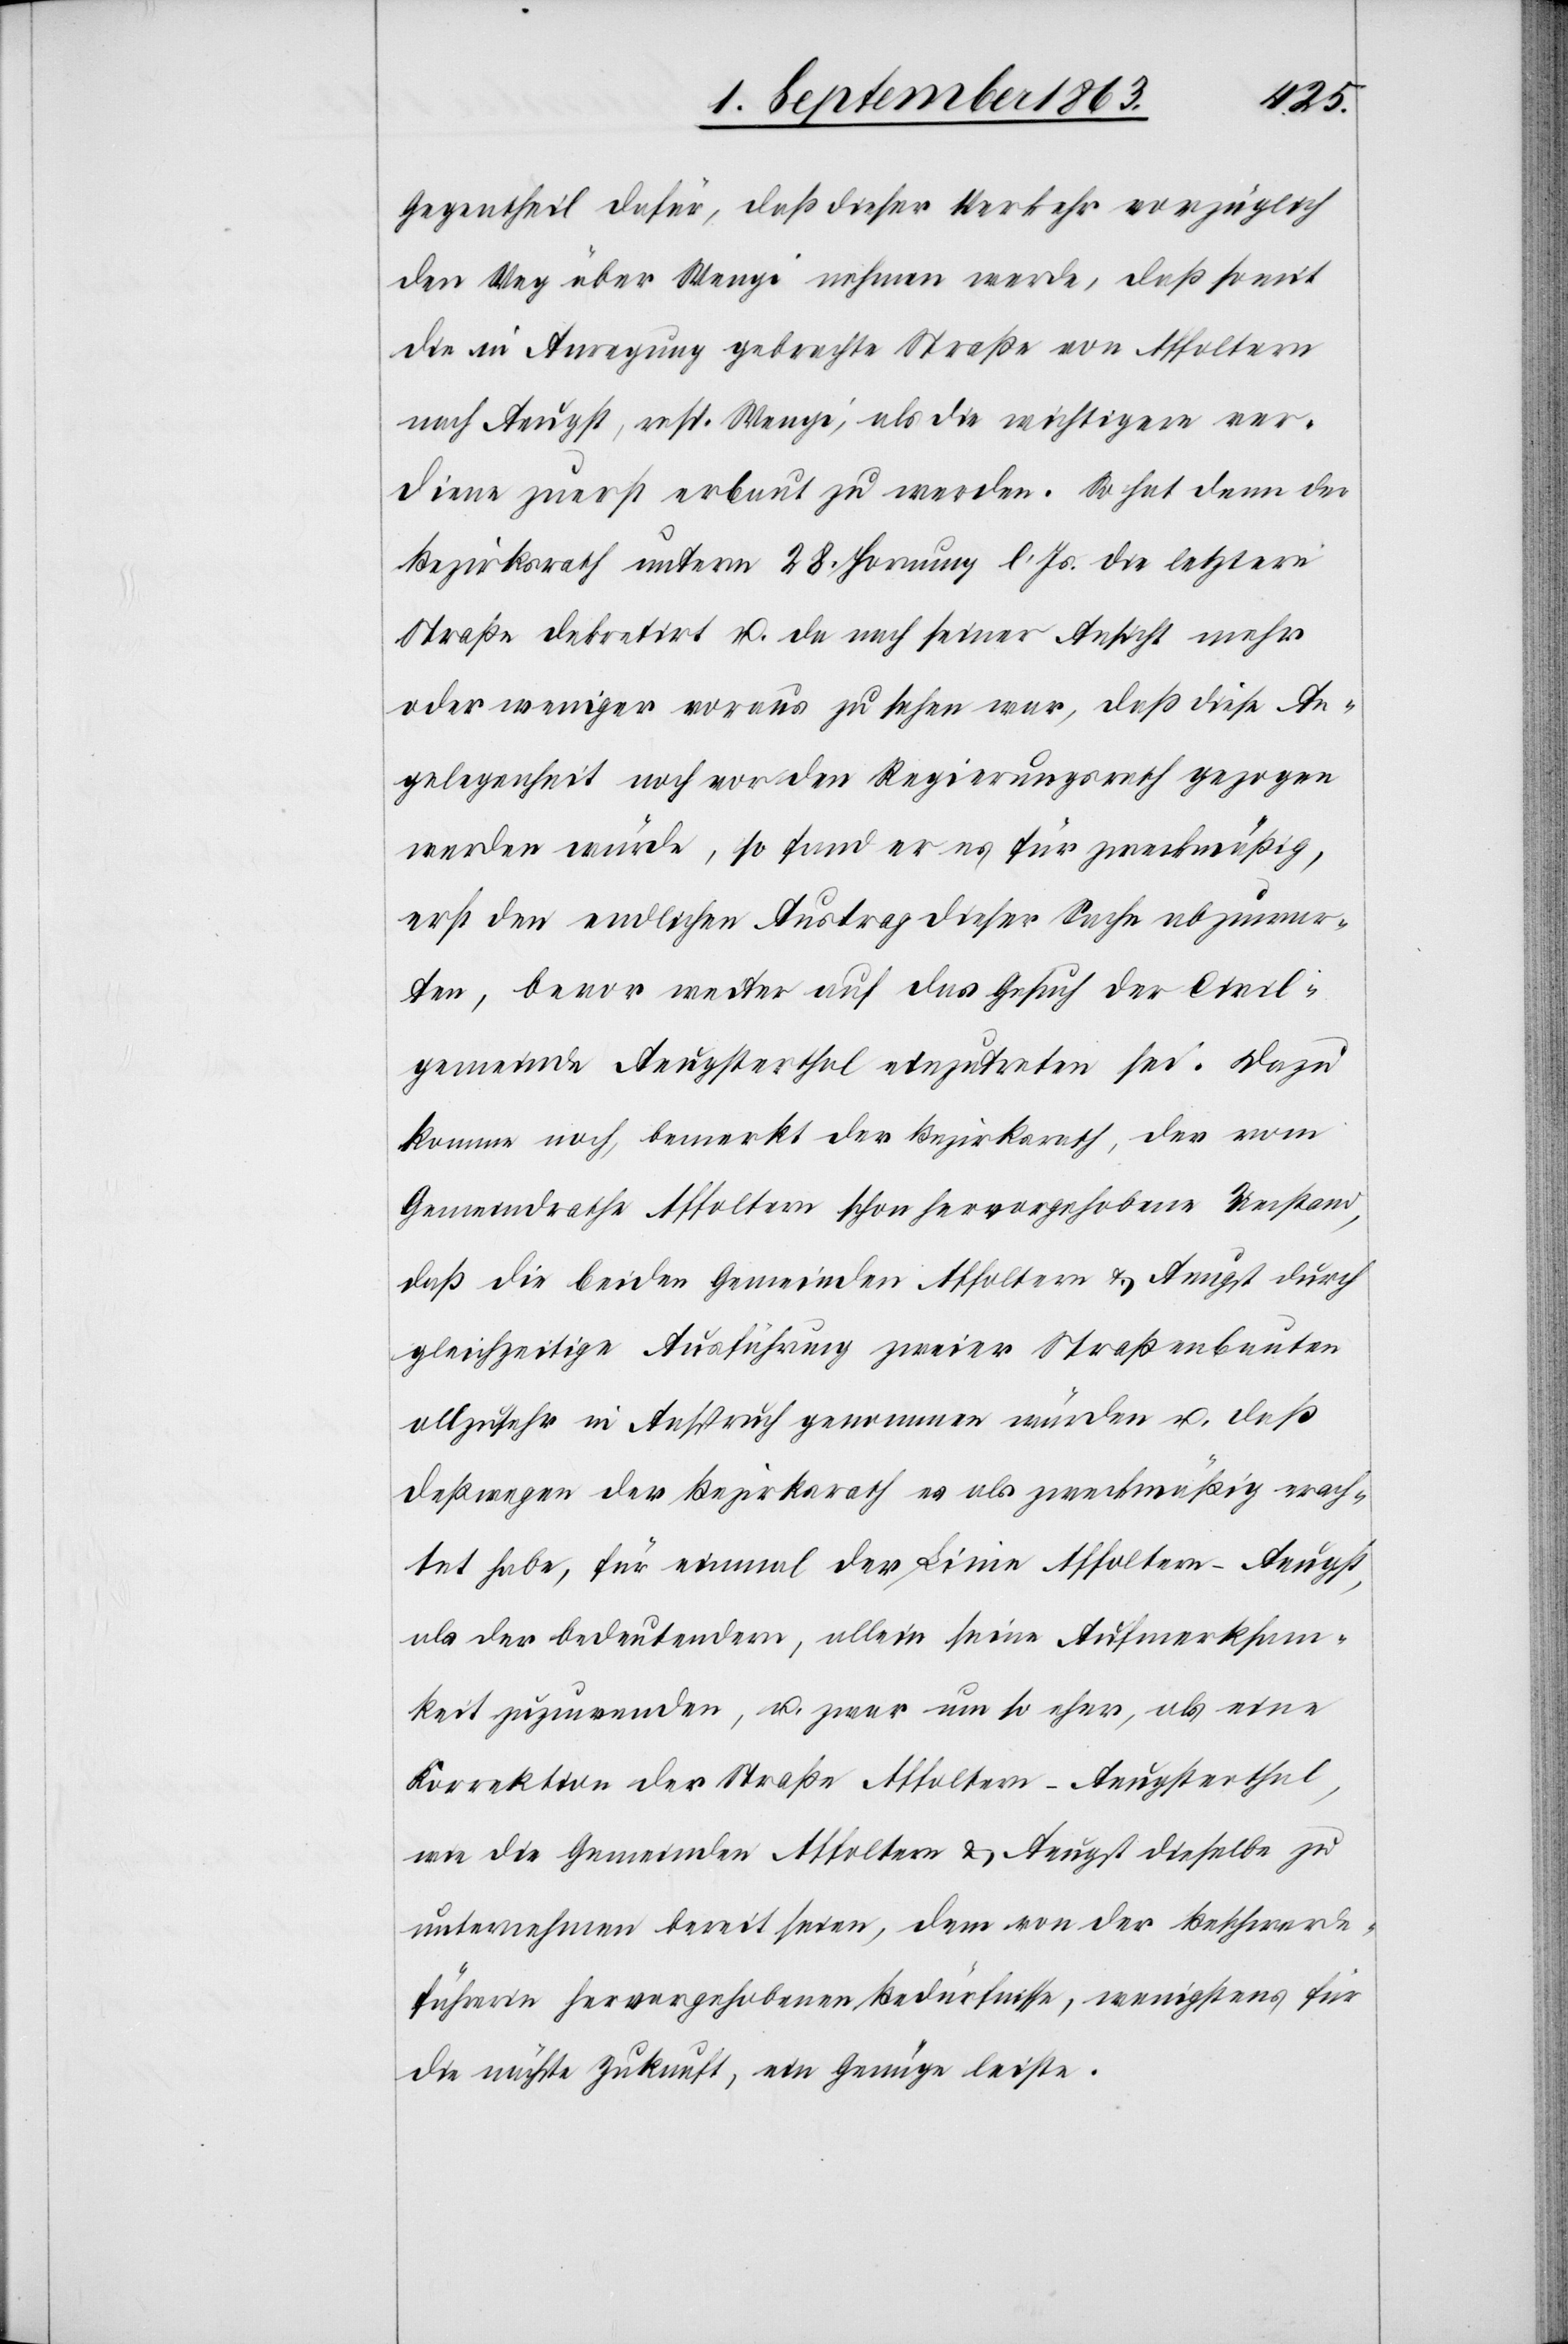
Gegentheil dafür, daß dieser Verkehr vorzüglich
den Weg über Wengi nehmen werde, daß somit
die in Anregung gebrachte Straße von Affoltern
nach Aeugst, resp. Wengi, als die wichtigere ver¬
diene zuerst erbaut zu werden. So hat denn der
Bezirksrath unterm 28. Hornung l. Js. die letztere
Straße dekretirt u. da nach seiner Ansicht mehr
oder weniger voraus zu sehen war, daß diese An¬
gelegenheit noch vor den Regierungsrath gezogen
werden würde, so fand er es für zweckmäßig,
erst den endlichen Austrag dieser Sache abzuwar¬
ten, bevor weiter auf das Gesuch der Civil¬
gemeinde Aeugsterthal einzutreten sei. Dazu
komme noch, bemerkt der Bezirksrath, der vom
Gemeindrathe Affoltern schon hervorgehobene Umstand,
daß die beiden Gemeinden Affoltern & Aeugst durch
gleichzeitige Ausführung zweier Straßenbauten
allzusehr in Anspruch genommen würden u. daß
deßwegen der Bezirksrath es als zweckmäßig erach¬
tet habe, für einmal der Linie Affoltern–Aeugst,
als der bedeutendern, allein seine Aufmerksam¬
keit zuzuwenden, u. zwar um so eher, als eine
Korrektion der Straße Affoltern–Aeugsterthal,
wie die Gemeinden Affoltern & Aeugst dieselbe zu
unternehmen bereit seien, dem von der Beschwerde¬
führerin hervorgehobenen Bedürfnisse, wenigstens für
die nächste Zukunft, ein Genüge leiste.